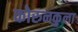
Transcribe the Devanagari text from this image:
कोरुनकुला